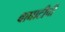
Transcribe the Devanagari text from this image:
वाघाटीची